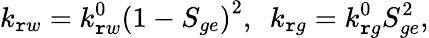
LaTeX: k_{\mathtt{r}w}=k_{\mathtt{r}w}^{0}\left(1-S_{ge}\right)^{2},\ \ k_{\mathtt{r}g}=k_{\mathtt{r}g}^{0}S_{ge}^{2},